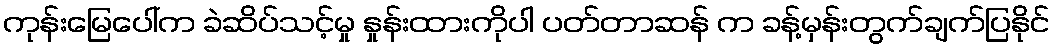
ကုန်းမြေပေါ်က ခဲဆိပ်သင့်မှု နှုန်းထားကိုပါ ပတ်တာဆန် က ခန့်မှန်းတွက်ချက်ပြနိုင်